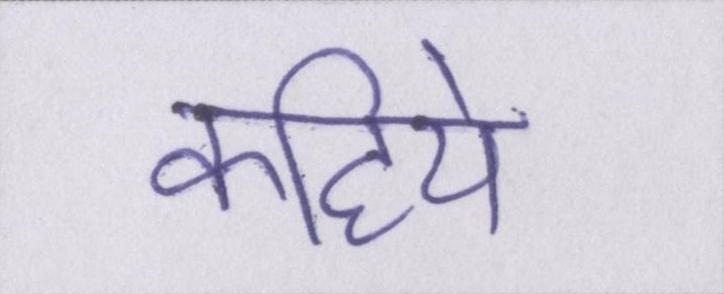
कहिये